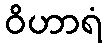
ဝိဟာရံ